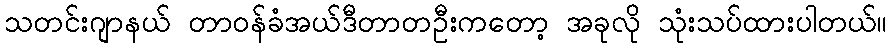
သတင်းဂျာနယ် တာဝန်ခံအယ်ဒီတာတဦးကတော့ အခုလို သုံးသပ်ထားပါတယ်။